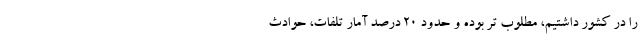
را در کشور داشتیم، مطلوب تر بوده و حدود ۲۰ درصد آمار تلفات، حوادث